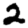
Digit: 2